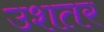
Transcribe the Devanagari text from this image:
उशतर